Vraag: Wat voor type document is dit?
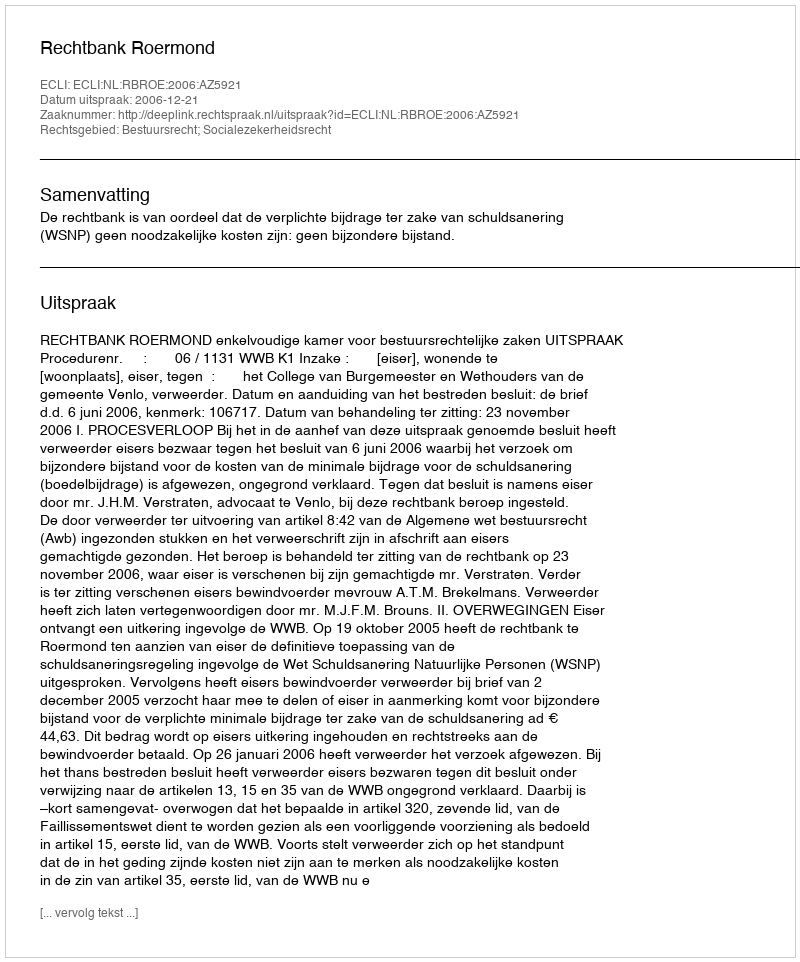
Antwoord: Uitspraak